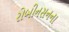
રોબીનસનના